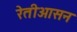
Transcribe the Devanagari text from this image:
रेतीआसन